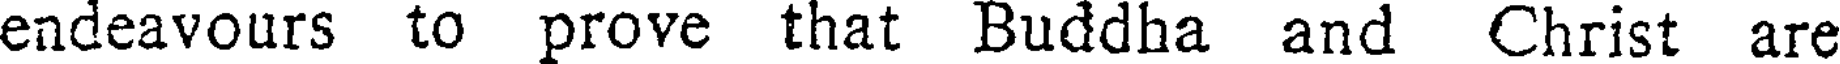
endeavours to prove that Buddha and Christ are